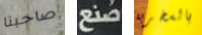
صاحبنا صنع بالسخرية